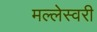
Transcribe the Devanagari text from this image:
मल्लेस्वरी